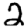
Digit: 2